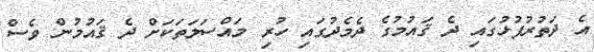
އެ ދަތުރުފުޅުގައި ދެ ޤައުމުގެ ދެމެދުގައި ހުރި މައްސަލަތަކަށް ދެ ޤައުމުން ވެސް